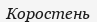
Коростень